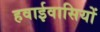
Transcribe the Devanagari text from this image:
हवाईवासियों